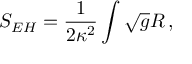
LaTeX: S _ { E H } = \frac { 1 } { 2 \kappa ^ { 2 } } \int \sqrt { g } R \, ,